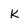
Character: k